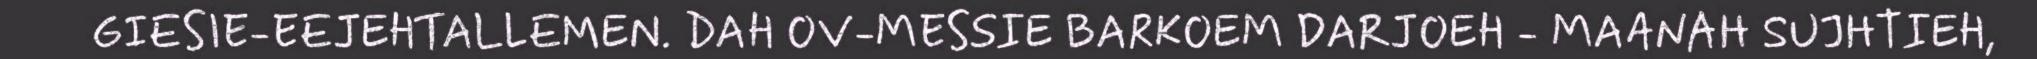
GIESIE-EEJEHTALLEMEN. DAH OV-MESSIE BARKOEM DARJOEH - MAANAH SUJHTIEH,